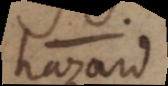
hazar